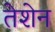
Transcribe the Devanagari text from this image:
तेशेन